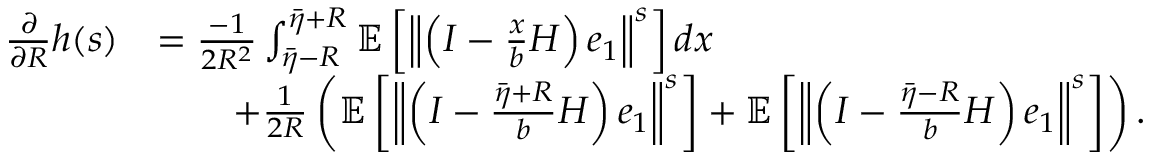
\begin{array} { r l } { \frac { \partial } { \partial R } h ( s ) } & { = \frac { - 1 } { 2 R ^ { 2 } } \int _ { \bar { \eta } - R } ^ { \bar { \eta } + R } \mathbb { E } \left[ \left\Vert \left( I - \frac { x } { b } H \right) e _ { 1 } \right\Vert ^ { s } \right] d x } \\ & { \qquad + \frac { 1 } { 2 R } \left( \mathbb { E } \left[ \left\Vert \left( I - \frac { \bar { \eta } + R } { b } H \right) e _ { 1 } \right\Vert ^ { s } \right] + \mathbb { E } \left[ \left\Vert \left( I - \frac { \bar { \eta } - R } { b } H \right) e _ { 1 } \right\Vert ^ { s } \right] \right) . } \end{array}